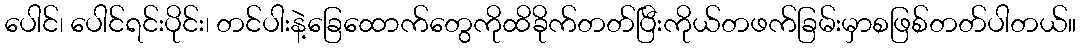
ပေါင်၊ ပေါင်ရင်းပိုင်း၊ တင်ပါးနဲ့ခြေထောက်တွေကိုထိခိုက်တတ်ပြီးကိုယ်တဖက်ခြမ်းမှာစဖြစ်တတ်ပါတယ်။